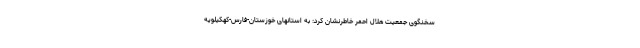
سخنگوی جمعیت هلال احمر خاطرنشان کرد: به استانهای خوزستان-فارس-کهکیلویه